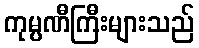
ကုမ္ပဏီကြီးများသည်